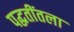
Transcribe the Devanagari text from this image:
पद्धतींतला